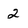
Character: 2